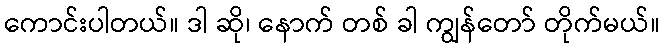
ကောင်းပါတယ်။ ဒါ ဆို၊ နောက် တစ် ခါ ကျွန်တော် တိုက်မယ်။